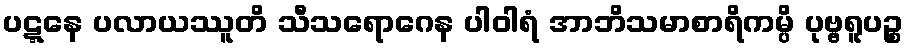
ပဋ္ဋနေ ပလာယဿူတိ သီသရောဂေန ပါဝါရံ အာဘိသမာစာရိကမ္ပိ ပုဗ္ဗရူပဉ္စ